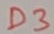
Text: D3